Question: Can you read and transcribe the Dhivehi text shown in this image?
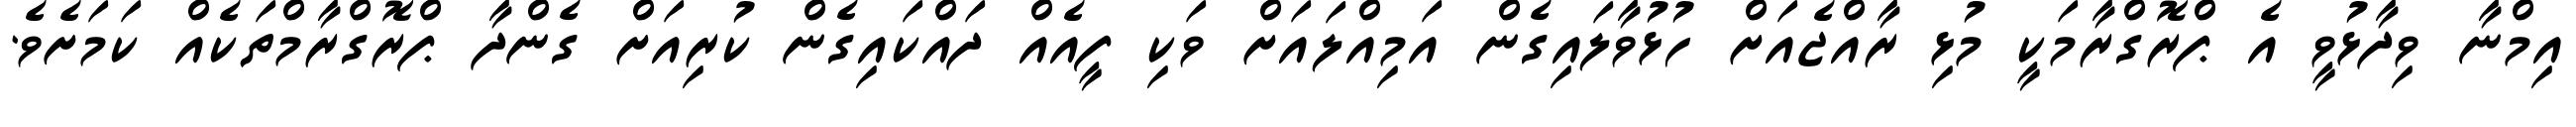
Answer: އިމްނާ ވިދާޅުވީ އެ ޕްރޮގްރާމަކީ މުޅި ރާއްޖެއަށް ހުޅުވާލައިގެން އަމިއްލައަށް ވަކި ފީއެއް ދައްކައިގެން ކުރިއަށް ގެންދާ ޕްރޮގްރާމްތަކެއް ކަމަށެވެ.